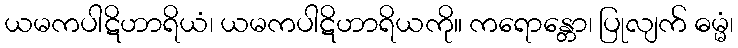
ယမကပါဋိဟာရိယံ၊ ယမကပါဋိဟာရိယကို။ ကရောန္တော၊ ပြုလျက် ဓမ္မံ၊